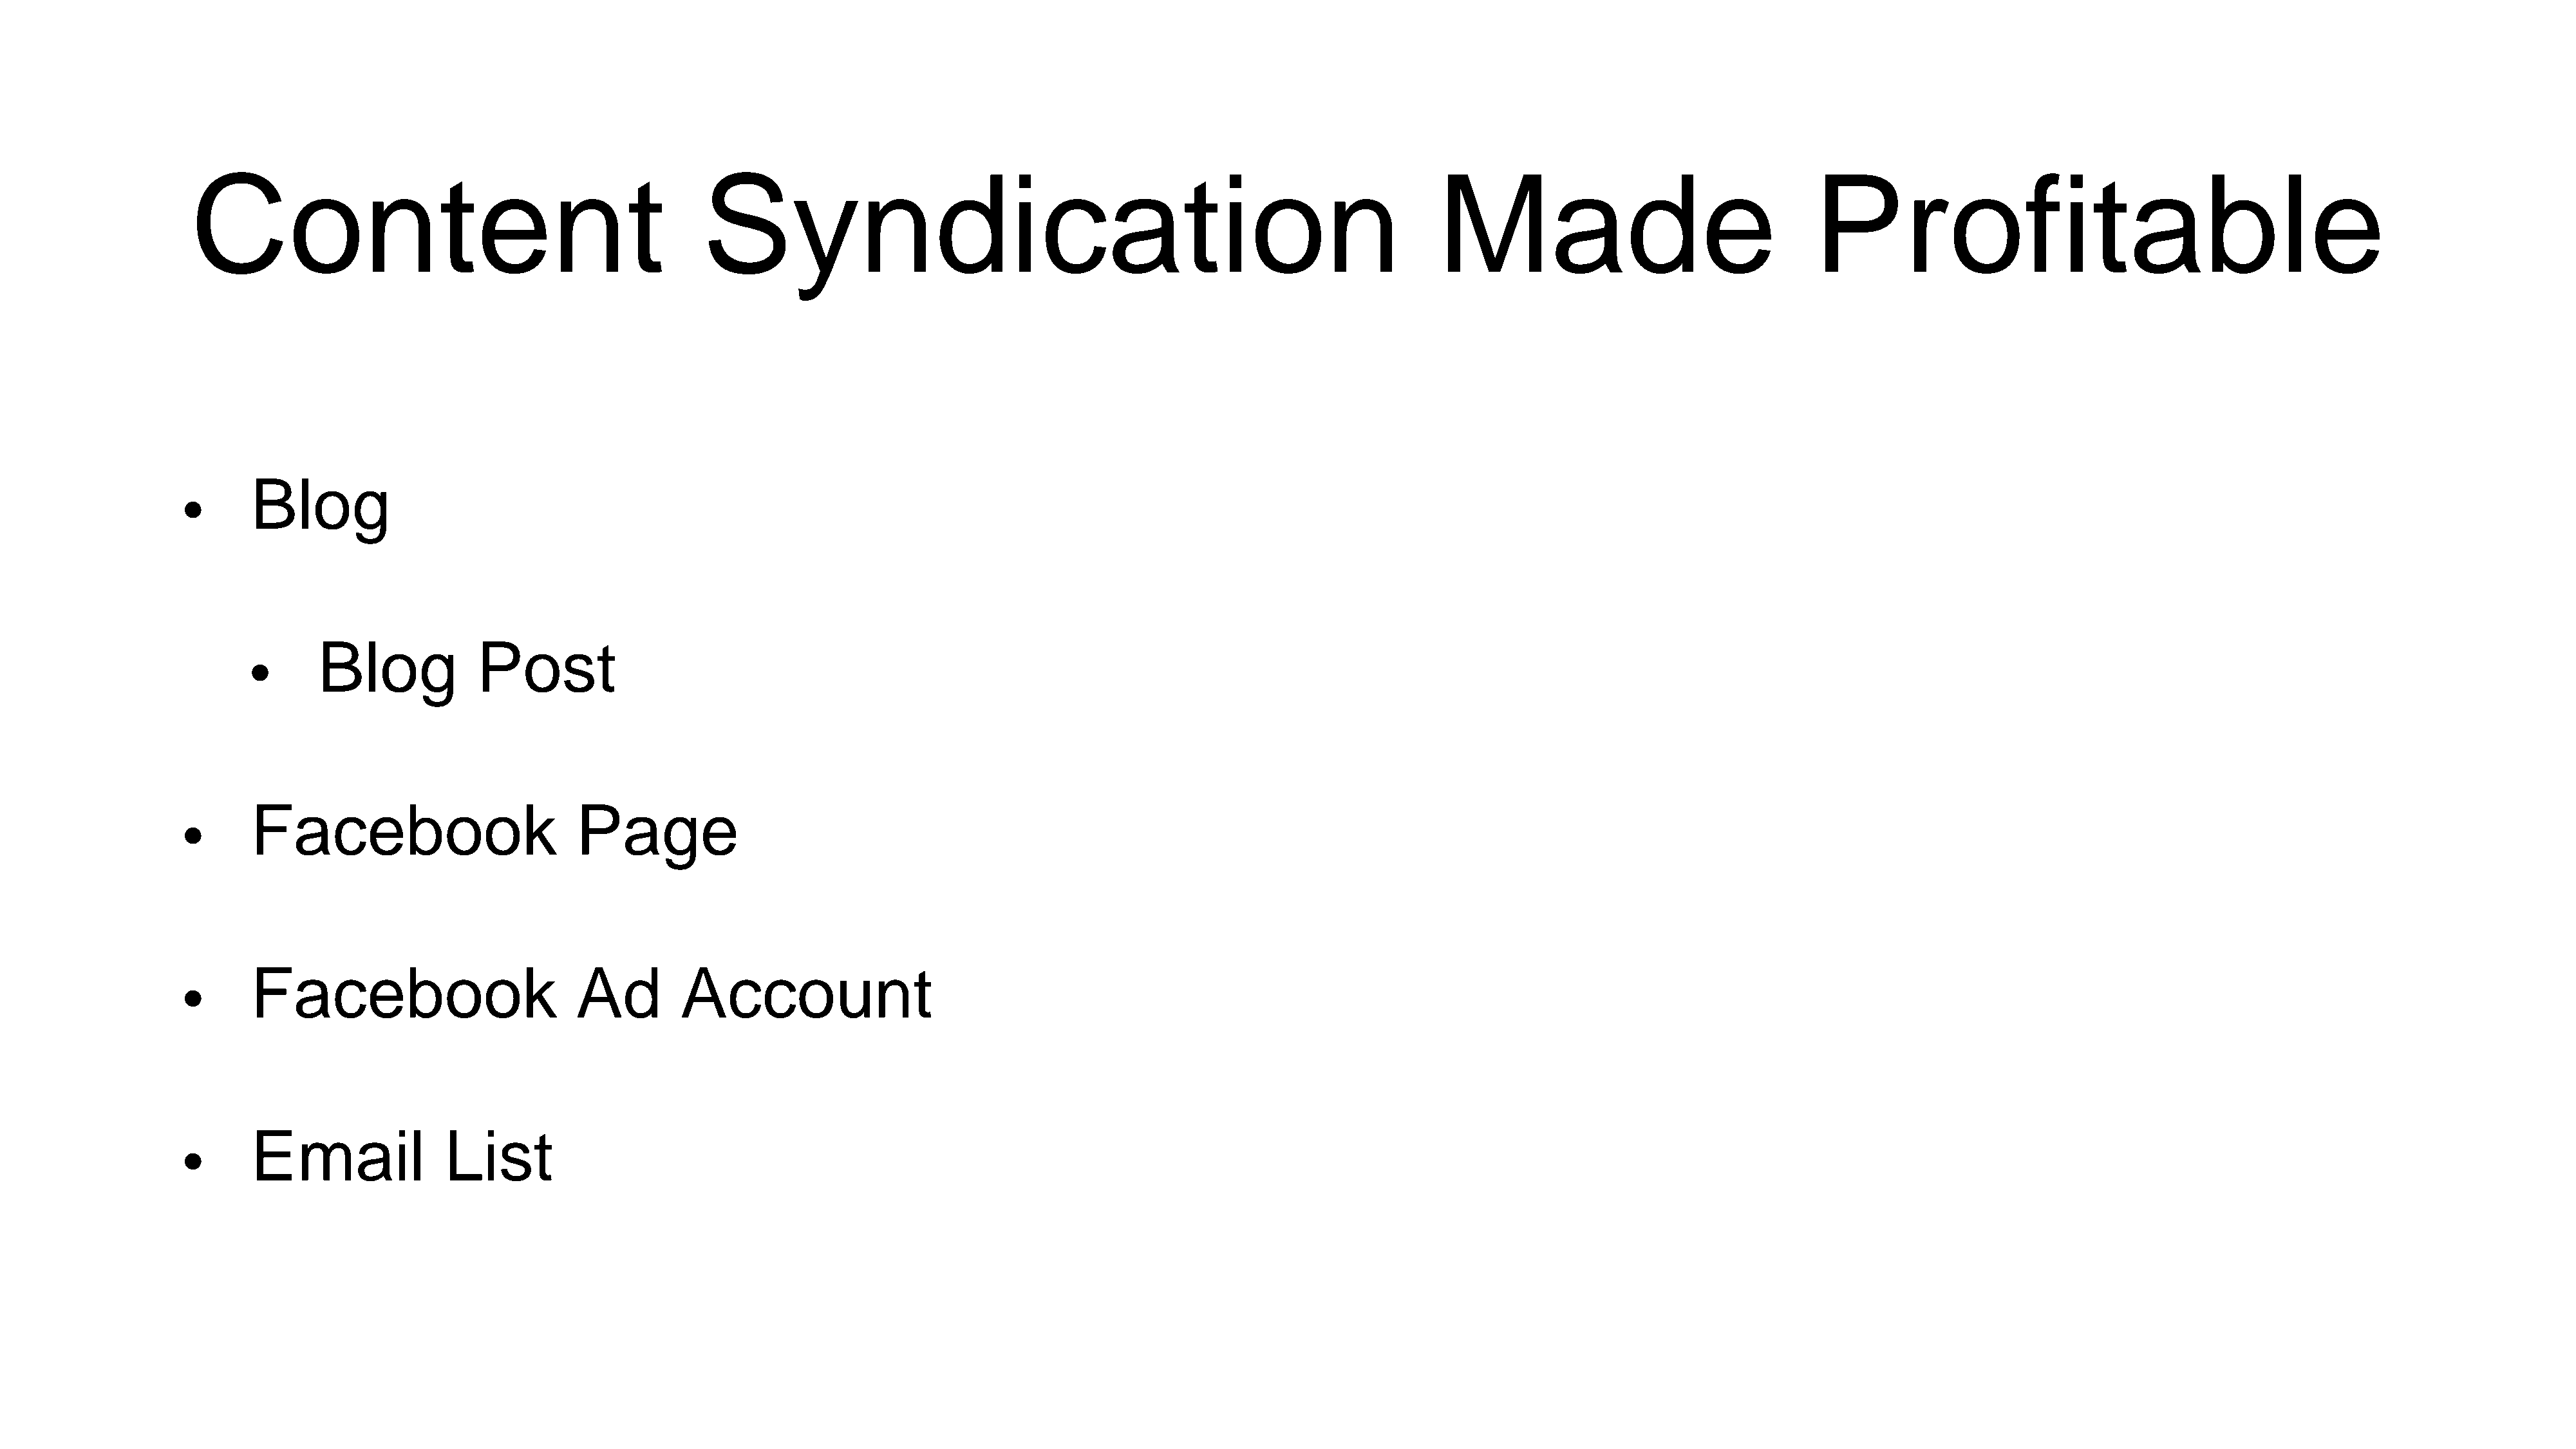
Content                                             Syndication                                                                 Made                                  Profitable
 Blog
 •
 Blog            Post
 •
 Facebook                         Page
 •
 Facebook                         Ad         Account
 •
 Email               List
 •